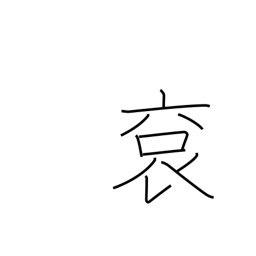
Meaning: imperial robes